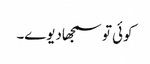
کوئی تو سمجھادیوے۔